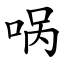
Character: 㖞